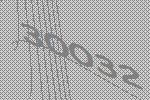
30032